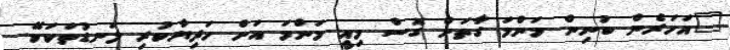
"އަހަރެން ބުނިން މަންމަ ގާތަށް ގޮސް މިއީ މަންމަ އަށް ހަދިޔާކުރި ލަނޑުތަކަކޭ.